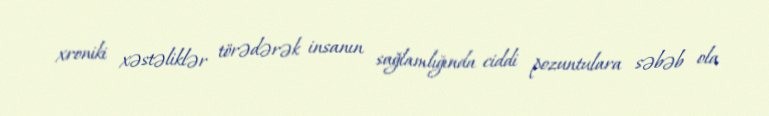
xroniki xəstəliklər törədərək insanın sağlamlığında ciddi pozuntulara səbəb ola